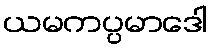
ယမကပ္ပမာဒေါ